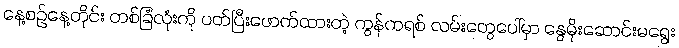
နေ့စဉ်နေ့တိုင်း တစ်ခြံလုံးကို ပတ်ပြီးဖောက်ထားတဲ့ ကွန်ကရစ် လမ်းတွေပေါ်မှာ နွေမိုးဆောင်းမရွေး